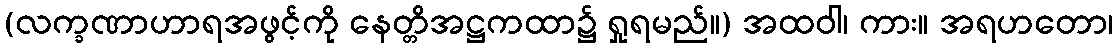
(လက္ခဏာဟာရအဖွင့်ကို နေတ္တိအဋ္ဌကထာ၌ ရှုရမည်။) အထဝါ၊ ကား။ အရဟတော၊